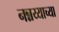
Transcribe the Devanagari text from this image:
नन्नय्याच्या